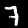
Label: 7